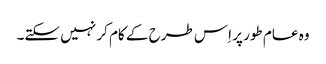
وہ عام طور پر اِس طرح کے کام کر نہیں سکتے۔